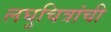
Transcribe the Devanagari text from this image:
लघुचित्रांची